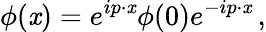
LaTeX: \phi(\mathit{x})=e^{ip\cdot\mathit{x}}\phi(0)e^{-ip\cdot\mathit{x}}\, ,